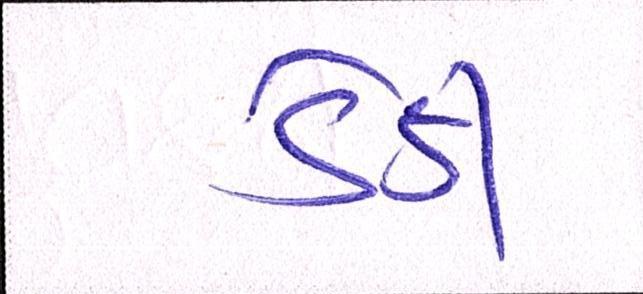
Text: ડેડી